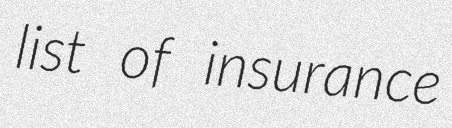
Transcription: list of insurance